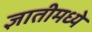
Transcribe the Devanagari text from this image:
ज्ञातीमध्ये